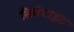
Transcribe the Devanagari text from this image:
सिमेंटाइट